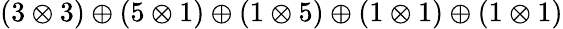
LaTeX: \left(3\otimes 3\right)\oplus\left(5\otimes 1\right)\oplus\left(1\otimes 5\right)\oplus\left(1\otimes 1\right)\oplus\left(1\otimes 1\right)